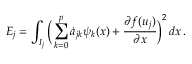
E _ { j } = \int _ { I _ { j } } \bigg ( \sum _ { k = 0 } ^ { p } \dot { a } _ { j k } \psi _ { k } ( x ) + \frac { \partial f ( u _ { j } ) } { \partial x } \bigg ) ^ { 2 } \mathop { d x } .